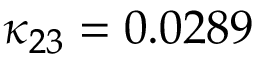
\kappa _ { 2 3 } = 0 . 0 2 8 9